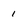
Character: 1